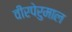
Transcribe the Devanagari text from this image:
वीरपेरुमाल